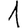
Digit: 1